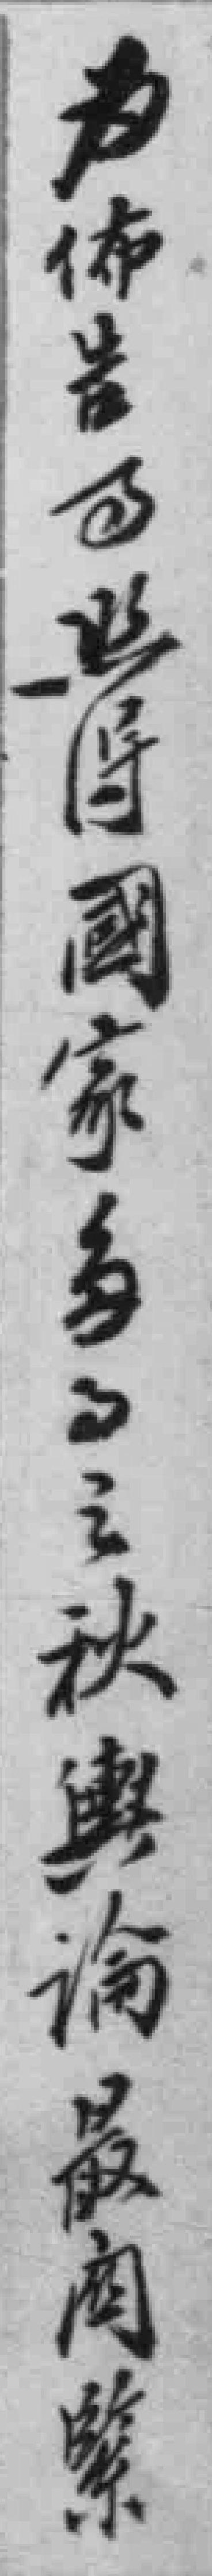
為佈告百照得國家多事之秋輿論最關繫